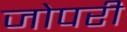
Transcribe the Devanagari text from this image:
जोपरी